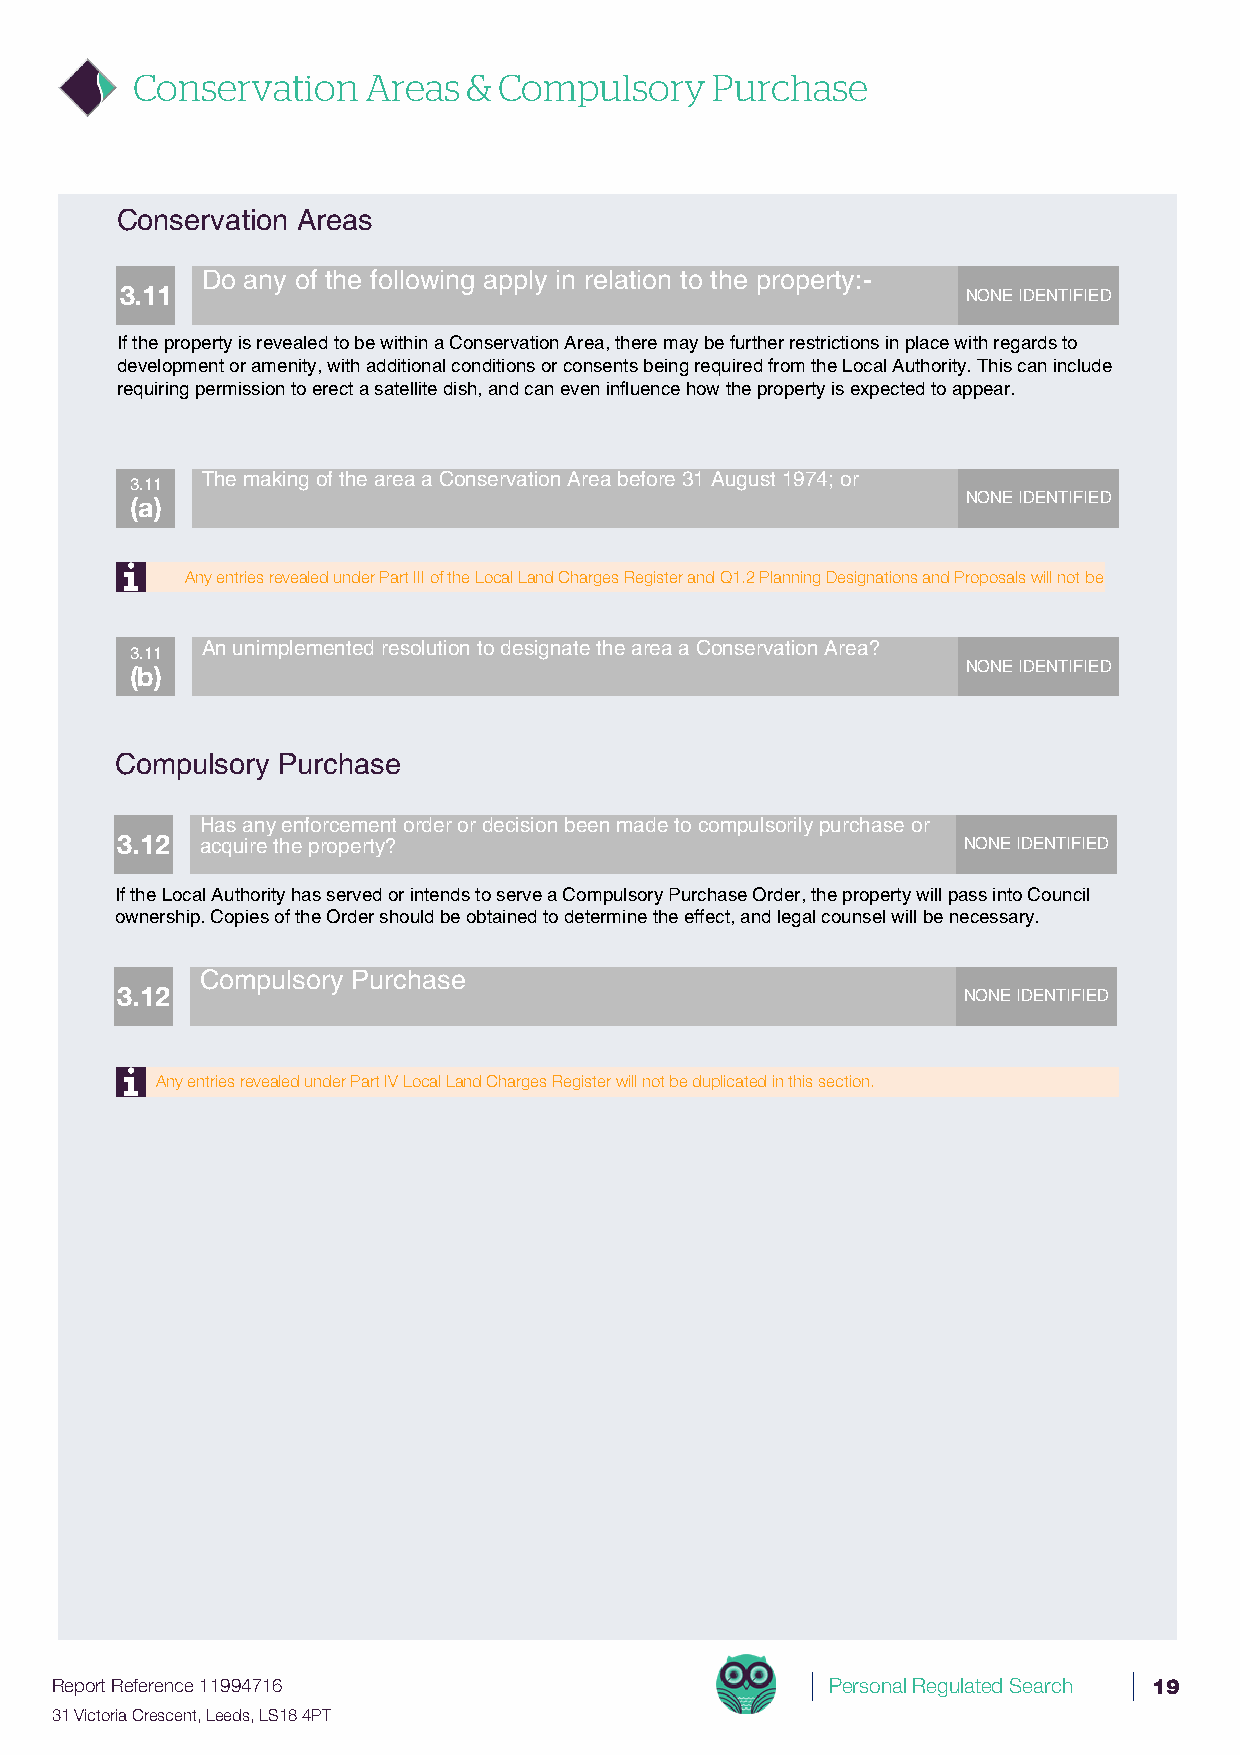
Conservation   Areas  & Compulsory    Purchase
 Conservation Areas
 Do any of the following apply in relation to the property:-
 3.11                                                    NONE IDENTIFIED
 If the property is revealed to be within a Conservation Area, there may be further restrictions in place with regards to
 development or amenity, with additional conditions or consents being required from the Local Authority. This can include
 requiring permission to erect a satellite dish, and can even influence how the property is expected to appear.
 The making of the area a Conservation Area before 31 August 1974; or
 3.11
 (a)                                                    NONE IDENTIFIED
 Any entries revealed under Part III of the Local Land Charges Register and Q1.2 Planning Designations and Proposals will not be
 An unimplemented resolution to designate the area a Conservation Area?
 3.11
 (b)                                                    NONE IDENTIFIED
 Compulsory Purchase
 Has any enforcement order or decision been made to compulsorily purchase or
 3.12 acquire the property?                              NONE IDENTIFIED
 If the Local Authority has served or intends to serve a Compulsory Purchase Order, the property will pass into Council
 ownership. Copies of the Order should be obtained to determine the effect, and legal counsel will be necessary.
 Compulsory Purchase
 3.12                                                    NONE IDENTIFIED
 Any entries revealed under Part IV Local Land Charges Register will not be duplicated in this section.
 Report Reference 11994716                           Personal Regulated Search 19
 31 Victoria Crescent, Leeds, LS18 4PT